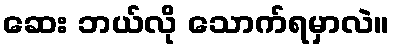
ဆေး ဘယ်လို သောက်ရမှာလဲ။